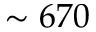
\sim 6 7 0